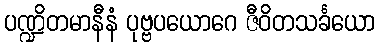
ပဏ္ဍိတမာနီနံ ပုဗ္ဗပယောဂေ ဇီဝိတသင်္ခယော